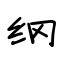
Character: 纲